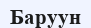
Баруун